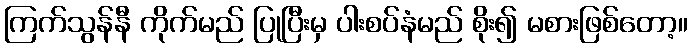
ကြက်သွန်နီ ကိုက်မည် ပြုပြီးမှ ပါးစပ်နံမည် စိုး၍ မစားဖြစ်တော့။